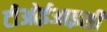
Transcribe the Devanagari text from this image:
टीओईआइसी